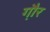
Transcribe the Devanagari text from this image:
गौ़र